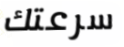
سرعتك